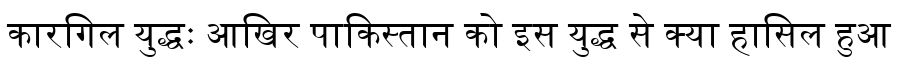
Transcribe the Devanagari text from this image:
कारगिल युद्धः आखिर पाकिस्तान को इस युद्ध से क्या हासिल हुआ